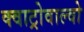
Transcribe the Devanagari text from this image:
क्वाट्रोवाल्वो